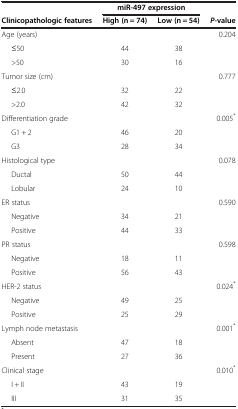
<table><thead><tr><td><b> </b></td><td colspan="2"><b>miR-497 expression</b></td><td><b> </b></td></tr><tr><td><b>Clinicopathologic features</b></td><td><b>High (n = 74)</b></td><td><b>Low (n = 54)</b></td><td><b><i>P</i>-value</b></td></tr></thead><tbody><tr><td>Age (years)</td><td> </td><td> </td><td>0.204</td></tr><tr><td>≤50</td><td>44</td><td>38</td><td> </td></tr><tr><td>&gt;50</td><td>30</td><td>16</td><td> </td></tr><tr><td>Tumor size (cm)</td><td> </td><td> </td><td>0.777</td></tr><tr><td>≤2.0</td><td>32</td><td>22</td><td> </td></tr><tr><td>&gt;2.0</td><td>42</td><td>32</td><td> </td></tr><tr><td>Differentiation grade</td><td> </td><td> </td><td>0.005<sup>*</sup></td></tr><tr><td>G1 + 2</td><td>46</td><td>20</td><td> </td></tr><tr><td>G3</td><td>28</td><td>34</td><td> </td></tr><tr><td>Histological type</td><td> </td><td> </td><td>0.078</td></tr><tr><td>Ductal</td><td>50</td><td>44</td><td> </td></tr><tr><td>Lobular</td><td>24</td><td>10</td><td> </td></tr><tr><td>ER status</td><td> </td><td> </td><td>0.590</td></tr><tr><td>Negative</td><td>34</td><td>21</td><td> </td></tr><tr><td>Positive</td><td>44</td><td>33</td><td> </td></tr><tr><td>PR status</td><td> </td><td> </td><td>0.598</td></tr><tr><td>Negative</td><td>18</td><td>11</td><td> </td></tr><tr><td>Positive</td><td>56</td><td>43</td><td> </td></tr><tr><td>HER-2 status</td><td> </td><td> </td><td>0.024<sup>*</sup></td></tr><tr><td>Negative</td><td>49</td><td>25</td><td> </td></tr><tr><td>Positive</td><td>25</td><td>29</td><td> </td></tr><tr><td>Lymph node metastasis</td><td> </td><td> </td><td>0.001<sup>*</sup></td></tr><tr><td>Absent</td><td>47</td><td>18</td><td> </td></tr><tr><td>Present</td><td>27</td><td>36</td><td> </td></tr><tr><td>Clinical stage</td><td> </td><td> </td><td>0.010<sup>*</sup></td></tr><tr><td>I + II</td><td>43</td><td>19</td><td> </td></tr><tr><td>III</td><td>31</td><td>35</td><td> </td></tr></tbody></table>